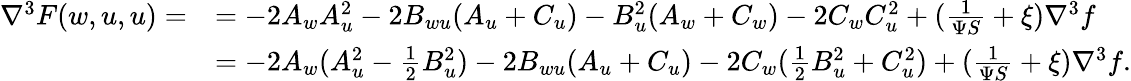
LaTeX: \begin{array}{rl}{\nabla^{3}F(w,u,u)=}&{=-2A_{w}A_{u}^{2}-2B_{wu}(A_{u}+C_{u})-B_{u}^{2}(A_{w}+C_{w})-2C_{w}C_{u}^{2}+(\frac{1}{\Psi S}+\xi)\nabla^{3}f}\\ &{=-2A_{w}(A_{u}^{2}-\frac 12B_{u}^{2})-2B_{wu}(A_{u}+C_{u})-2C_{w}(\frac{1}{2}B_{u}^{2}+C_{u}^{2})+(\frac{1}{\Psi S}+\xi)\nabla^{3}f.}\end{array}